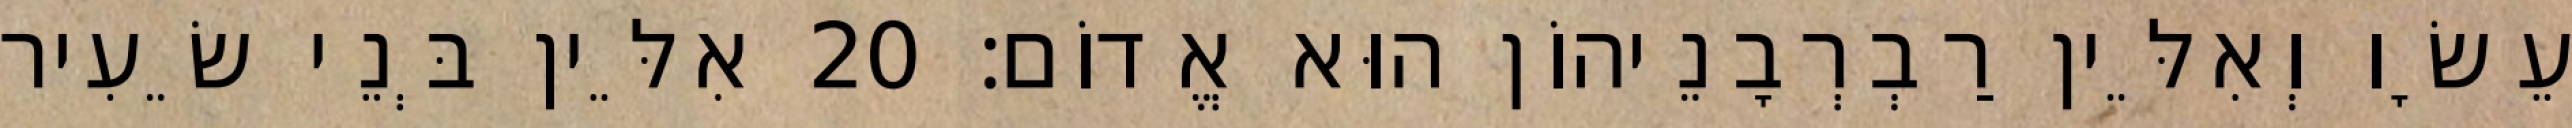
עֵשָׂו וְאִלֵּין רַבְרְבָנֵיהוֹן הוּא אֱדוֹם׃ 20 אִלֵּין בְּנֵי שֵׂעִיר